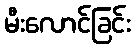
မီးလောင်ခြင်း